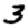
Digit: 3